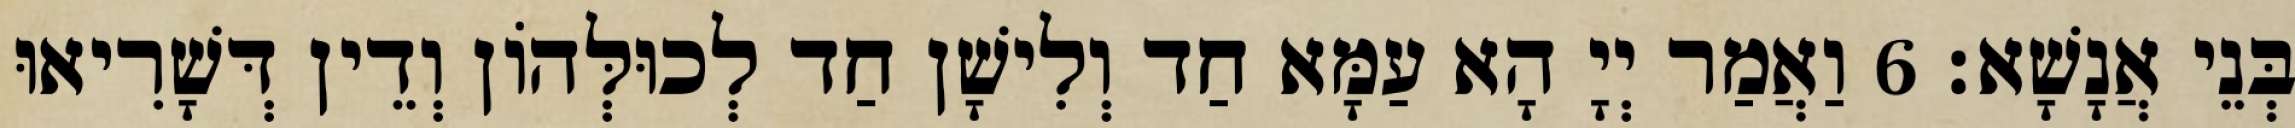
בְּנֵי אֲנָשָׁא׃ 6 וַאֲמַר יְיָ הָא עַמָּא חַד וְלִישָׁן חַד לְכוּלְּהוֹן וְדֵין דְּשָׁרִיאוּ